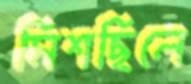
মিশছিলে